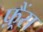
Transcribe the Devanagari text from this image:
फ़्रैंस